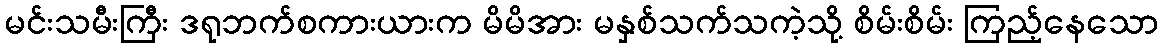
မင်းသမီးကြီး ဒရုဘက်စကားယားက မိမိအား မနှစ်သက်သကဲ့သို့ စိမ်းစိမ်း ကြည့်နေသော